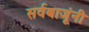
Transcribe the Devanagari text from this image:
सर्वबाजूंनी